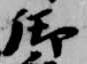
御